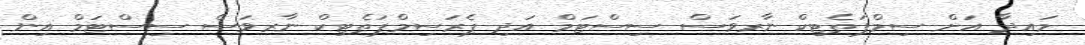
މައިދާ އަށް ސިމްޕަތެޓިކް ނާރވަސް ސިސްޓަމް އަދި ޕެރަސިމްޕަތެޓިކް ނާރވަސް ސިސްޓަމް އިން